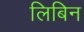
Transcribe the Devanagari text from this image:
लिबिन